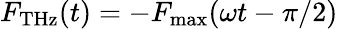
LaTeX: F_{\mathrm{THz}}(t)=-F_{\mathrm{max}}(\omega t-\pi/2)